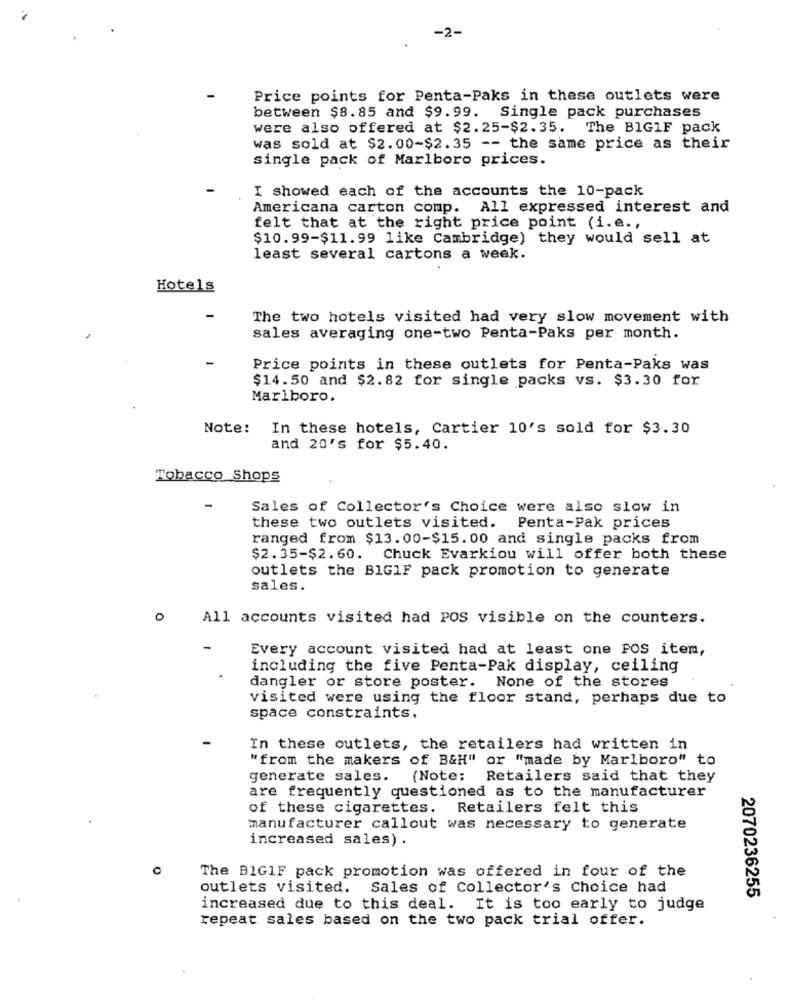
-2-
Price points for Penta-Paks in these outlets were
between $8.85 and $9.99. Single pack purchases
were also offered at $2.25-$2.35. The BIG1F pack
was sold at $2.00-$2.35 -- the same price as their
single pack of Marlboro prices.
I showed each of the accounts the 10-pack
Americana carton comp. All expressed interest and
felt that at the right price point (i.e .,
$10.99-$11.99 like Cambridge) they would sell at
least several cartons a week.
Hotels
The two hotels visited had very slow movement with
sales averaging one-two Penta-Paks per month.
Price points in these outlets for Penta-Paks was
$14.50 and $2.82 for single packs vs. $3.30 for
Marlboro.
Note:
In these hotels, Cartier 10's sold for $3.30
and 20's for $5.40.
Tobacco Shops
Sales of Collector's Choice were also slow in
these two outlets visited. Penta-Pak prices
ranged from $13.00-$15. 00 and single packs from
$2.35-$2. 60. Chuck Evarkiou will offer both these
outlets the BIGIF pack promotion to generate
sales.
O
All accounts visited had POS visible on the counters.
Every account visited had at least one POS item,
including the five Penta-Pak display, ceiling
dangler or store poster. None of the stores
visited were using the floor stand, perhaps due to
space constraints.
In these outlets, the retailers had written in
"from the makers of B&H" or "made by Marlboro" to
generate sales.
(Note: Retailers said that they
are frequently questioned as to the manufacturer
of these cigarettes. Retailers felt this
manufacturer callout was necessary to generate
increased sales) .
The BIG1F pack promotion was offered in four of the
outlets visited. Sales of Collector's Choice had
2070236255
increased due to this deal. It is too early to judge
repeat sales based on the two pack trial offer.